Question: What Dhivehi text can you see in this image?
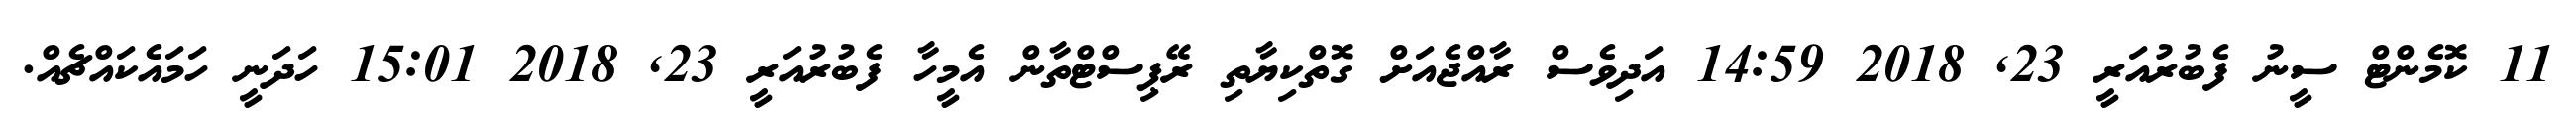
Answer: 11 ކޮމެންޓް ސީނު ފެބުރުއަރީ 23, 2018 14:59 އަދިވެސް ރާއްޖެއަށް ގޮތްކިޔާތި ރޭޕިސްޓްތާން އެމީހާ ފެބުރުއަރީ 23, 2018 15:01 ހަދަނީ ހަމައެކައްޗެއް.